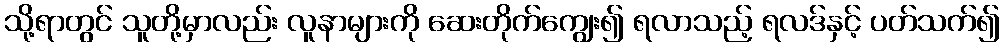
သို့ရာတွင် သူတို့မှာလည်း လူနာများကို ဆေးတိုက်ကျွေး၍ ရလာသည့် ရလဒ်နှင့် ပတ်သက်၍